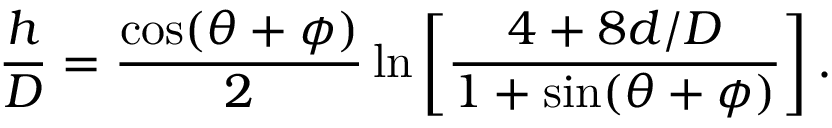
\frac { h } { D } = \frac { \cos ( \theta + \phi ) } { 2 } \ln \left[ \frac { 4 + 8 d / D } { 1 + \sin ( \theta + \phi ) } \right] .